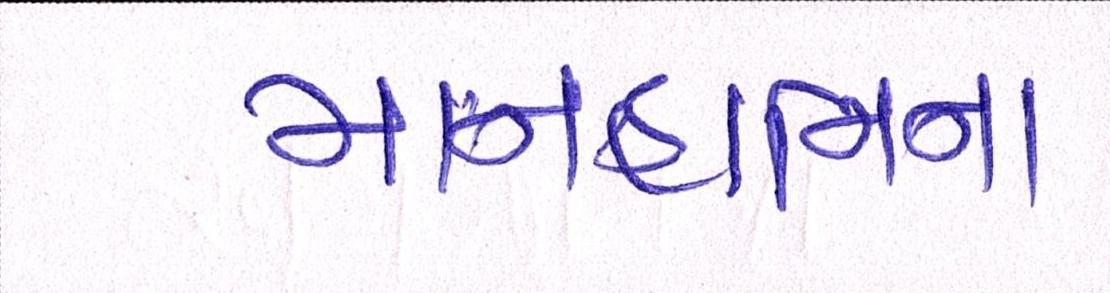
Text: માનહાનિના